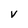
Character: v